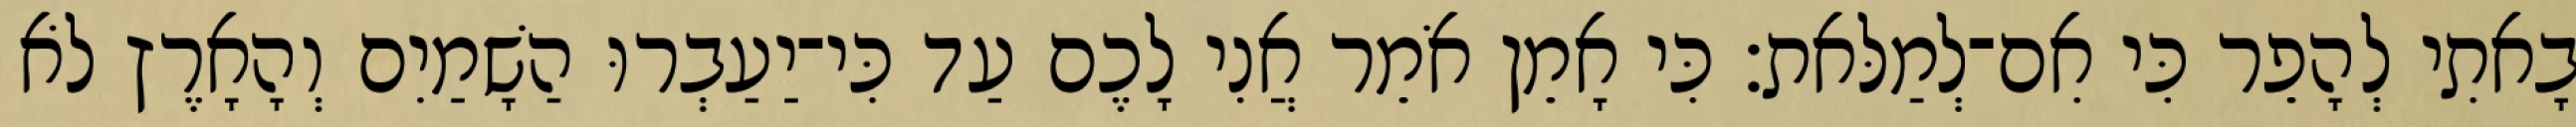
בָאתִי לְהָפֵר כִּי אִם־לְמַלּאת׃ כִּי אָמֵן אֹמֵר אֲנִי לָכֶם עַד כִּי־יַעַבְרוּ הַשָׁמַיִם וְהָאָרֶץ לֹא